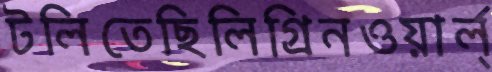
টলিতেছিলিগ্রিনওয়ার্ল্